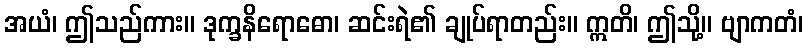
အယံ၊ ဤသည်ကား။ ဒုက္ခနိရောဓော၊ ဆင်းရဲ၏ ချုပ်ရာတည်း။ ဣတိ၊ ဤသို့။ ဗျာကတံ၊